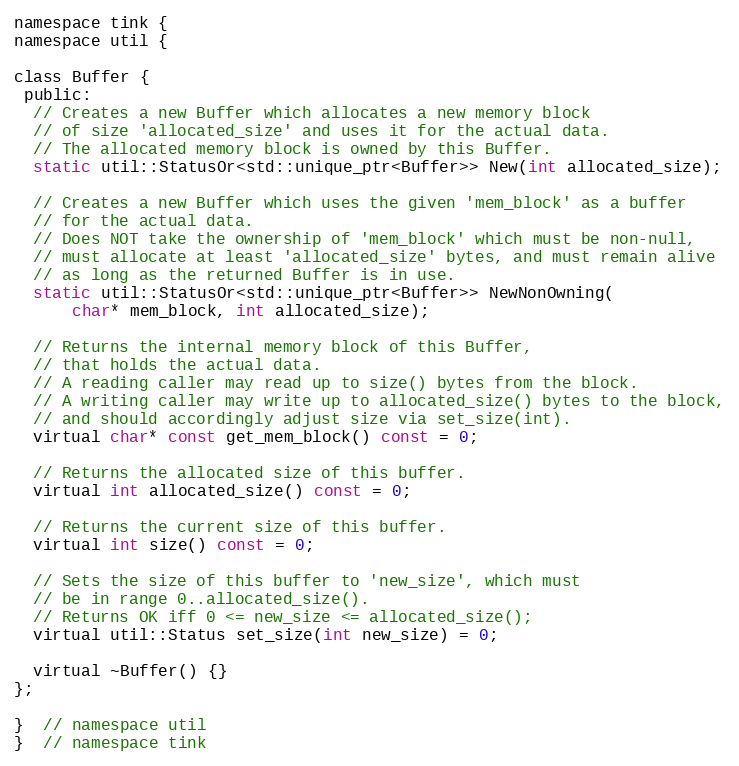
Language: C
namespace tink {
namespace util {

class Buffer {
 public:
  // Creates a new Buffer which allocates a new memory block
  // of size 'allocated_size' and uses it for the actual data.
  // The allocated memory block is owned by this Buffer.
  static util::StatusOr<std::unique_ptr<Buffer>> New(int allocated_size);

  // Creates a new Buffer which uses the given 'mem_block' as a buffer
  // for the actual data.
  // Does NOT take the ownership of 'mem_block' which must be non-null,
  // must allocate at least 'allocated_size' bytes, and must remain alive
  // as long as the returned Buffer is in use.
  static util::StatusOr<std::unique_ptr<Buffer>> NewNonOwning(
      char* mem_block, int allocated_size);

  // Returns the internal memory block of this Buffer,
  // that holds the actual data.
  // A reading caller may read up to size() bytes from the block.
  // A writing caller may write up to allocated_size() bytes to the block,
  // and should accordingly adjust size via set_size(int).
  virtual char* const get_mem_block() const = 0;

  // Returns the allocated size of this buffer.
  virtual int allocated_size() const = 0;

  // Returns the current size of this buffer.
  virtual int size() const = 0;

  // Sets the size of this buffer to 'new_size', which must
  // be in range 0..allocated_size().
  // Returns OK iff 0 <= new_size <= allocated_size();
  virtual util::Status set_size(int new_size) = 0;

  virtual ~Buffer() {}
};

}  // namespace util
}  // namespace tink